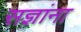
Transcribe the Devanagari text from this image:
सज्ञांना